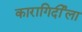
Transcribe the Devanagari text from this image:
कारागिर्दीला